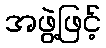
အဖွဲ့ဖြင့်